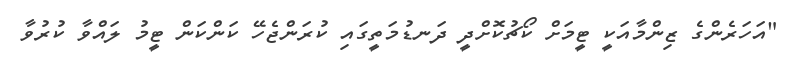
"އަހަރެންގެ ޒިންމާއަކީ ޓީމަށް ކޯޗުކޮށްދީ ދަނޑުމަތީގައި ކުރަންޖެހޭ ކަންކަން ޓީމު ލައްވާ ކުރުވާ